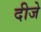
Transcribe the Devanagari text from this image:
दीजे